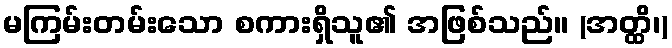
မကြမ်းတမ်းသော စကားရှိသူ၏ အဖြစ်သည်။ (အတ္ထိ၊)